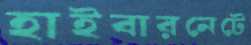
হাইবারনেটে